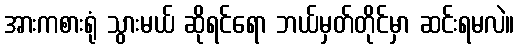
အားကစားရုံ သွားမယ် ဆိုရင်ရော ဘယ်မှတ်တိုင်မှာ ဆင်းရမလဲ။